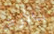
بالأرض